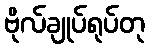
ဗိုလ်ချုပ်ရုပ်တု